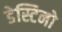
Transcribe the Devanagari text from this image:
डेस्टिनो